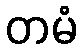
တမံ